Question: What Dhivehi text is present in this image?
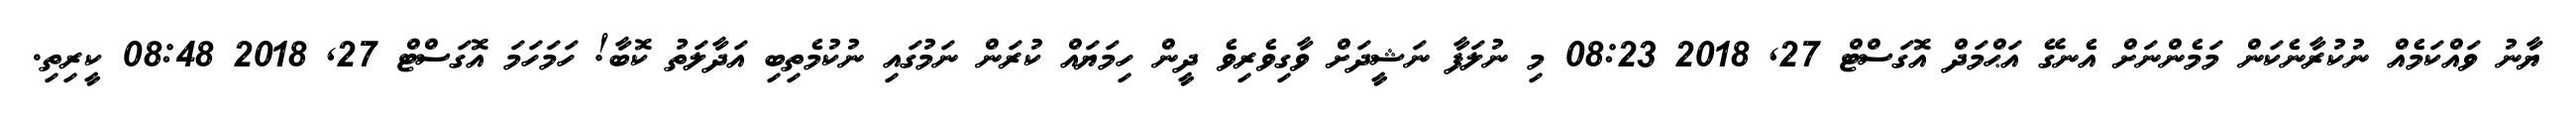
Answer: ޔާނު ވައްކަމެއް ނުކުރާނެކަން މަމެންނަށް އެނގޭ އަޙްމަދް އޮގަސްޓް 27, 2018 08:23 މި ނުލަފާ ނަޝީދަށް ވާގިވެރިވެ ދީން ހިމަޔައް ކުރަން ނަމުގައި ނުކުމެތިބި އަދާލަތު ކޮބާ! ހަމަހަމަ އޮގަސްޓް 27, 2018 08:48 ކީރިތި.